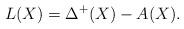
LaTeX: \begin{align*}L(X) = \Delta^+(X) -A(X). \end{align*}